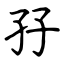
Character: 孖